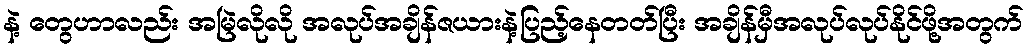
နဲ့ တွေဟာလည်း အမြဲလိုလို အလုပ်အချိန်ဇယားနဲ့ပြည့်နေတတ်ပြီး အချိန်မှီအလုပ်လုပ်နိုင်ဖို့အတွက်